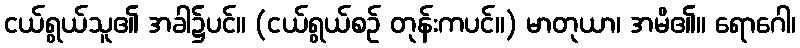
ငယ်ရွယ်သူ၏ အခါ၌ပင်။ (ငယ်ရွယ်စဉ် တုန်းကပင်။) မာတုယာ၊ အမိ၏။ ရောဂေါ၊